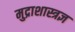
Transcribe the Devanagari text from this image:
मुद्राशास्त्रज्ञ